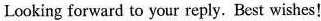
Looking forward to your reply. Best wishes!